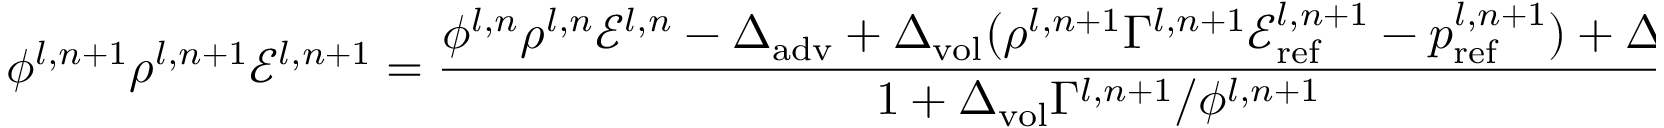
\phi ^ { l , n + 1 } \rho ^ { l , n + 1 } \mathscr { E } ^ { l , n + 1 } = \frac { \phi ^ { l , n } \rho ^ { l , n } \mathscr { E } ^ { l , n } - \Delta _ { \mathrm { a d v } } + \Delta _ { \mathrm { v o l } } ( \rho ^ { l , n + 1 } \Gamma ^ { l , n + 1 } \mathscr { E } _ { \mathrm { r e f } } ^ { l , n + 1 } - p _ { \mathrm { r e f } } ^ { l , n + 1 } ) + \Delta _ { \mathrm { s h e a r } } } { 1 + \Delta _ { \mathrm { v o l } } \Gamma ^ { l , n + 1 } / \phi ^ { l , n + 1 } }